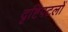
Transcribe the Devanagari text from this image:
दृष्टिपटलों